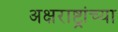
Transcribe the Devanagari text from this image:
अक्षराष्ट्रांच्या